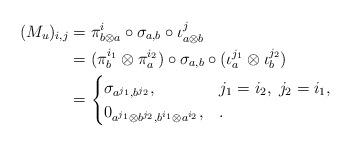
LaTeX: \begin{align*}(M_u)_{i,j}&=\pi_{b\otimes a}^i\circ \sigma_{a,b}\circ \iota_{a\otimes b}^j \\ &= (\pi_{b}^{i_1}\otimes \pi_{a}^{i_2}) \circ \sigma_{a,b} \circ (\iota_{a}^{j_1}\otimes \iota_{b}^{j_2}) \\&= \begin{cases}\sigma_{a^{j_1},b^{j_2}}, & j_1=i_2, \; j_2=i_1, \\0_{a^{j_1}\otimes b^{j_2}, b^{i_1}\otimes a^{i_2}}, & .\end{cases}\end{align*}